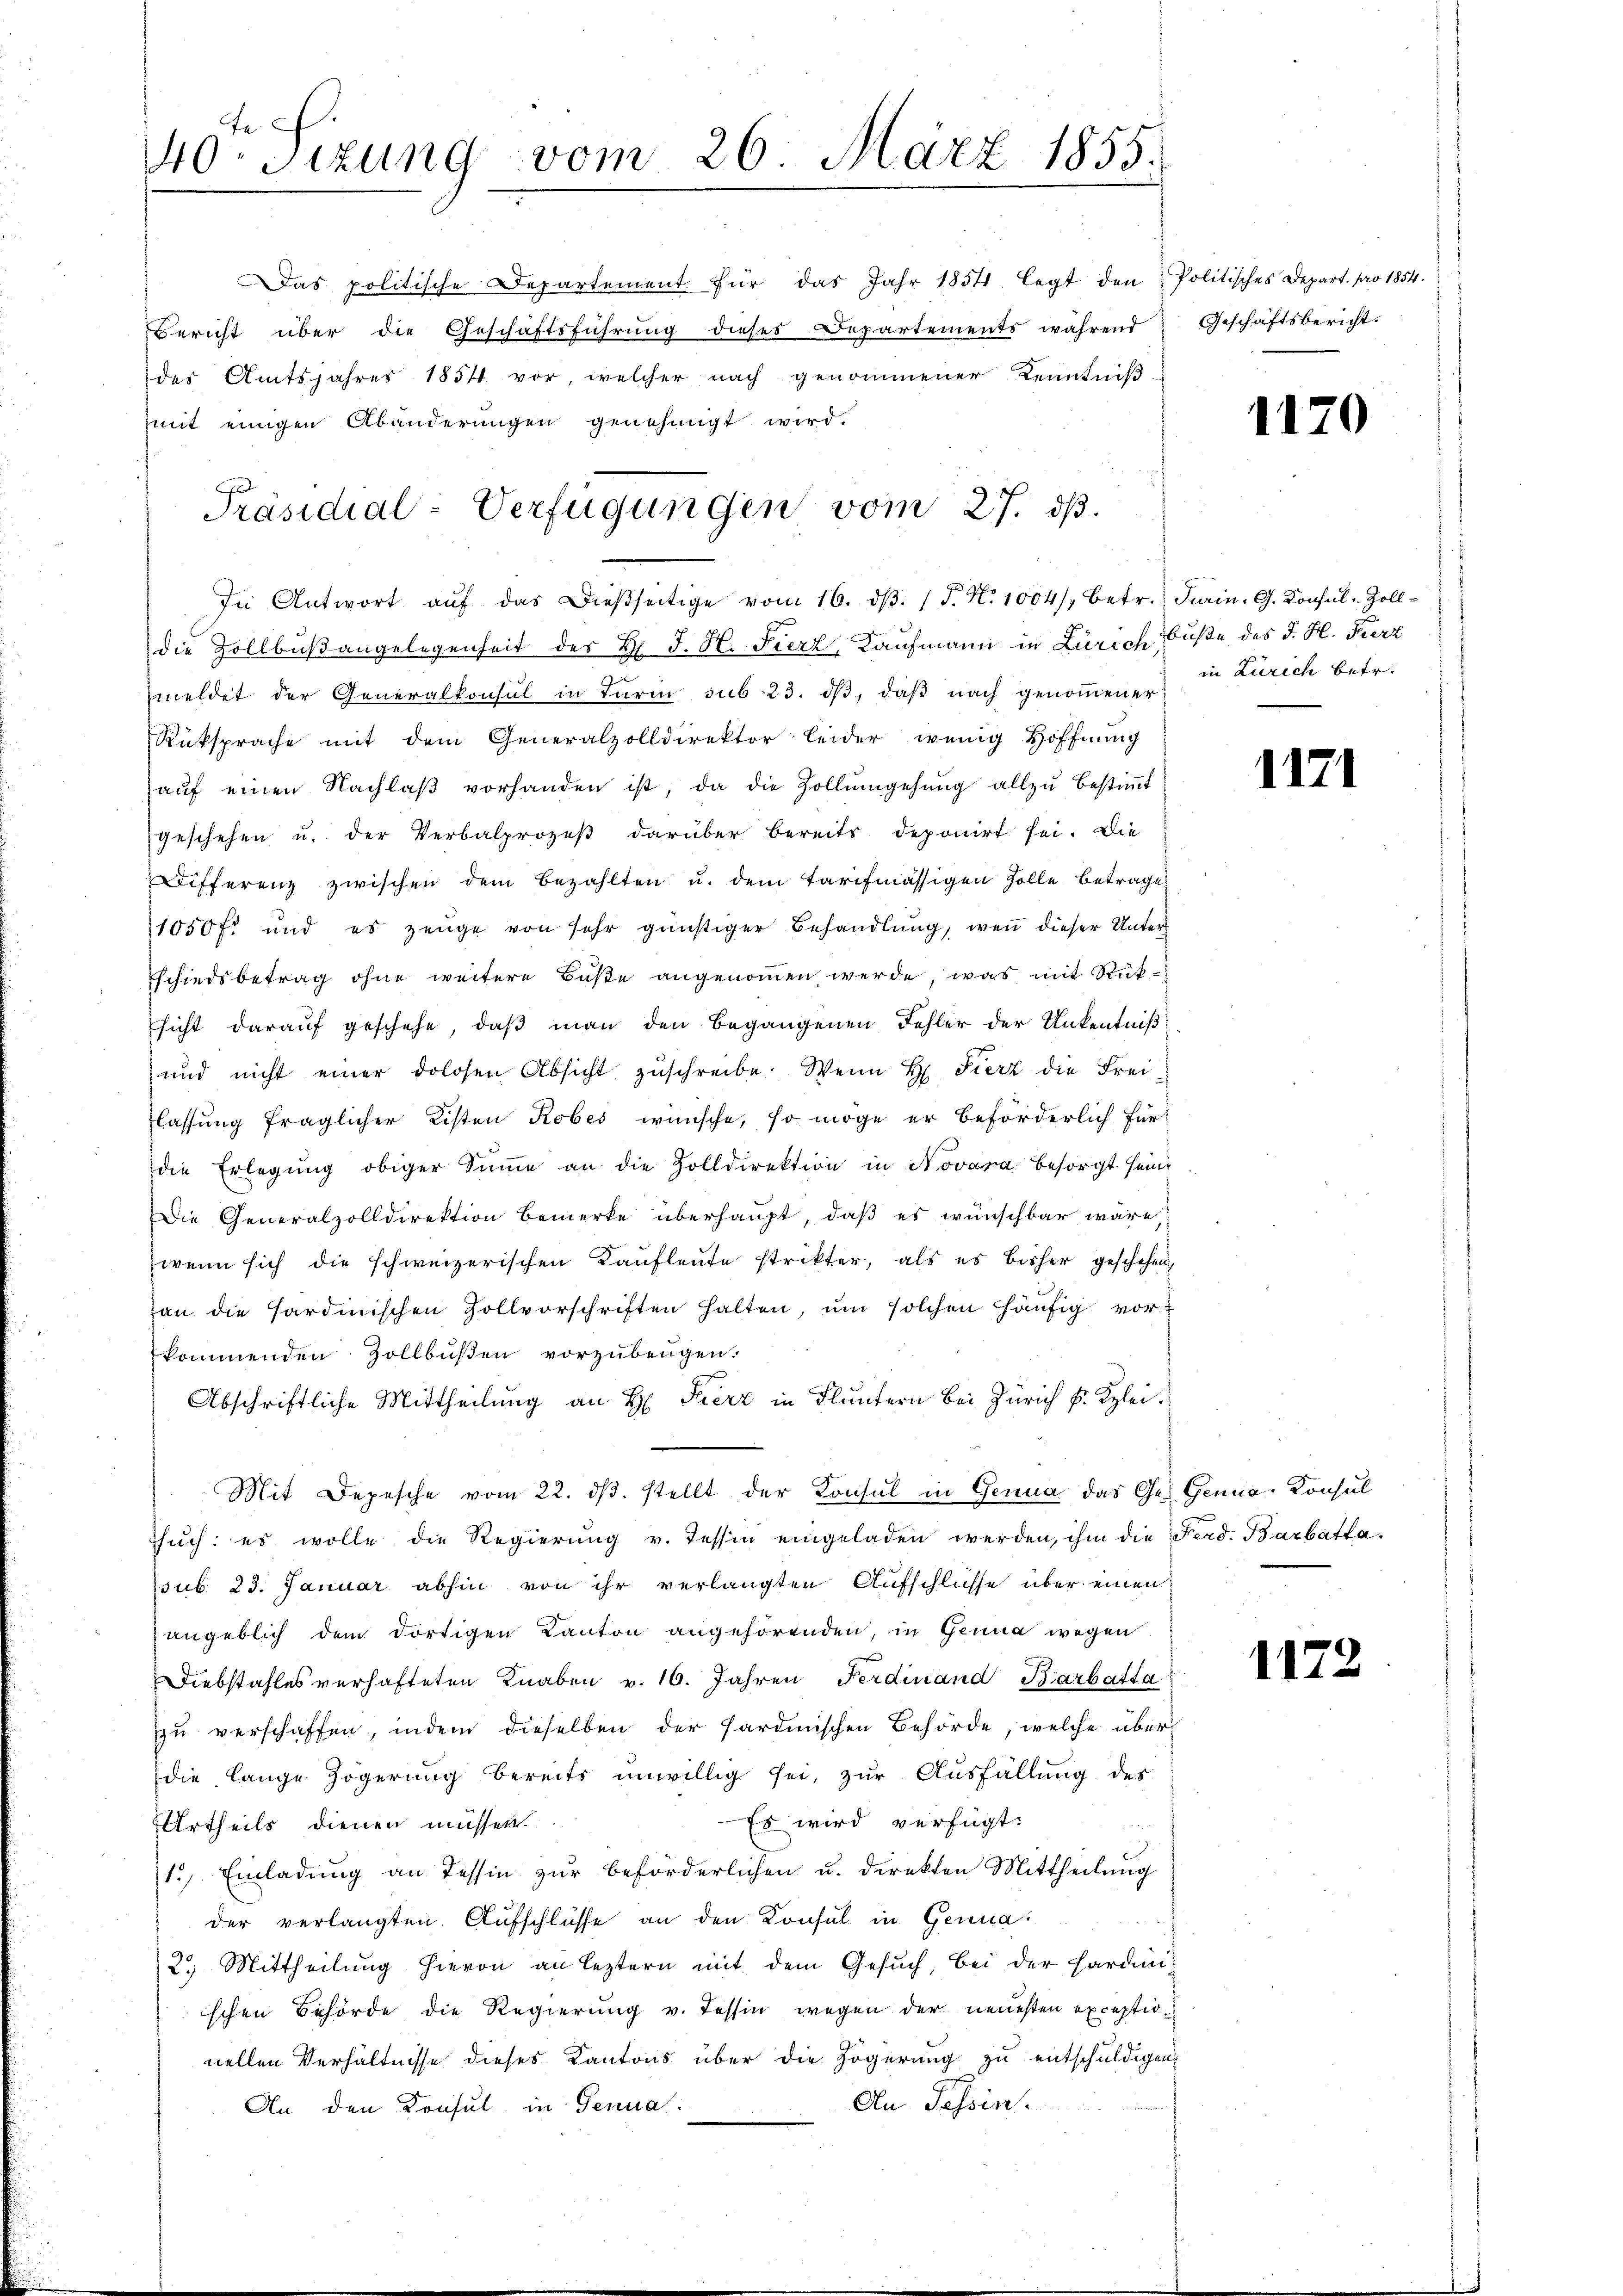
40te Sizung vom 26. März 1855.

as politische Departement für das Jahr 1854 legt den Politisches Depart. pro 1854.
Bericht über die Geschäftsführung dieses Departements während
des Amtsjahres 1854 vor, welcher nach genommener Kenntniß
mit einigen Abänderungen genehmigt wird.

Präsidial-Verfügungen vom 27. ds.
In Antwort aŭf das Dieβseitige vom 16. dβ. (T. N. 1004/, betr. Turin. G. Konsul-Zoll-

die Zollbußangelegenheit des Hr. J. H. Fierz, Kaufmann in Zürich büße des J. H. Fierz
meldet der Generalkonsul in Tŭrm sub. 23. dβ, daβ nach genoṁener
Rüksprache mit dem Generalzolldirektor leider wenig Hoffnung
auf einen Nachlaß vorhanden ist, da die Zollumgehung allzu bestimmt
geschehen u. der Verbalprozeβ darüber bereits deponirt sei. Die
Differenz zwischen dem Bezahlten u. dem Tarifmässigen solle betrage
1050 f. und es zeuge von sehr günstiger Behandlŭng, wenn dieser Unter
schiedsbetrag ohne weitere Buße angenommen werde, was mit Rüksicht darauf geschehe, daß man den begangenen Fehler der Unkentniß
und nicht einer dolosen Absicht zŭschreibe. Wenn H. Fierz die Freiflassung fraglicher Listen Kobes wünsche, so möge er beförderlich fürdie Erlegung obiger Summe an die Zolldirektion in Novara besorgt sein
Die Generalzolldirektion bemerke überhaupt, daß es wünschbar wäre,
wenn sich die schweizerischen Kaufleute strikter, als es bisher geschehen,
an die Hardinischen Zollvorschriften halten, ŭm solchen häufig vorkommenden Zollbüßen vorzubeugen.
Abschriftliche Mittheilung an H. Fierz in Fluntern bei Zürich v. Klei¬
Mit Depesche vom 22. dβ. stellt der Konsul in Genua das Ge- Genua, Konsul
ŭch: es wolle die Regierŭng v. Tessin eingeladen werden, ihm die Ferd. Barbatta-
ssub 23. Januar abhin von ihr verlangten Aufschlüsse über einen
angeblich dem dortigen Kanton angehörenden, in Genua wegen
Diebstahles verhafteten Knaben v. 16. Jahren Ferdinand Barbatta
zu verschaffen, indem dieselben der Sardinischen Behörde, welche über
die lange Zögerung bereits unwillig sei, zur Ausfällung des
Es wird verfügt:
Urtheils dienen müssen.
1.) Einladŭng an Tessin zŭr beförderlichen u. direkten Mittheilŭng
der verlangten Aufschlüsse an den Konsul in Genua
2.) Mittheilung hievon an leztern mit dem Gesuch, bei der Harden
schen Behörde die Regierung v. Tessin wegen der neuesten exceptionellen Verhältnisse dieses Kantons über die Zögerung zu entschuldigen,
An Tessin.
An den Konsul in Genua

Geschäftsbericht.

1170

in Zürich betr.

1171

1173